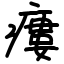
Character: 瘻